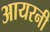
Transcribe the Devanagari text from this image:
आयरनी